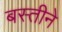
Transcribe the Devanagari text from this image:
बस्तीने